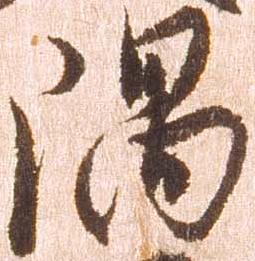
隅